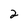
Character: 2